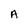
Character: A